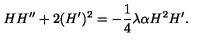
H H ^ { \prime \prime } + 2 ( H ^ { \prime } ) ^ { 2 } = - \frac { 1 } { 4 } \lambda \alpha H ^ { 2 } H ^ { \prime } .